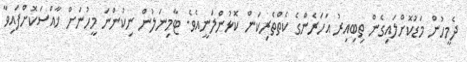
ދެމީހުން މަޑުކޮށްލައިގެން ތިބިއިރު އަހަރެންގެ ކެތްތެރިކަން ކޮޅުންލަނީއެވެ. ޓާމިނަލުން ނިކުންނަ މީހުނަށް ޚާއްސަކޮށްފައިވާ